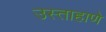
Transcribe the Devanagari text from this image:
उस्ताहाणे